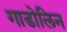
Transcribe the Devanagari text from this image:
गाडोलिन